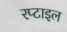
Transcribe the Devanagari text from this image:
रप्टाइल